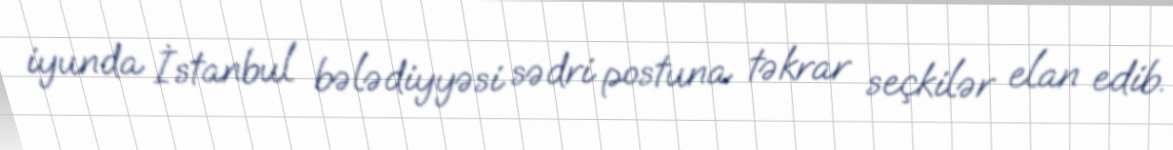
iyunda İstanbul bələdiyyəsi sədri postuna təkrar seçkilər elan edib.